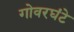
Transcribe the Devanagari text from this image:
गोवरघंटे